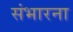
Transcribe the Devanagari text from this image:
संभारना